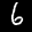
Label: 6